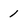
Character: 1